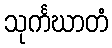
သုင်္ကဃာတံ